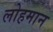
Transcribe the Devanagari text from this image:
लोहमान